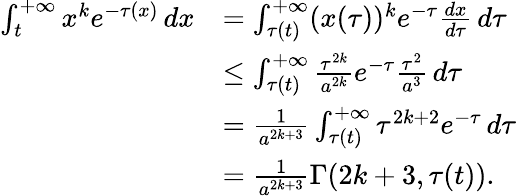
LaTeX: \begin{array}{rl}{\int_{t}^{+\infty}x^{k}e^{-\tau(x)}\, dx}&{=\int_{\tau(t)}^{+\infty}(x(\tau))^{k}e^{-\tau}\frac{dx}{d\tau}\, d\tau}\\ &{\leq\int_{\tau(t)}^{+\infty}\frac{\tau^{2k}}{a^{2k}}e^{-\tau}\frac{\tau^{2}}{a^{3}}\, d\tau}\\ &{=\frac{1}{a^{2k+3}}\int_{\tau(t)}^{+\infty}\tau^{2k+2}e^{-\tau}\, d\tau}\\ &{=\frac{1}{a^{2k+3}}\Gamma(2k+3,\tau(t)).}\end{array}